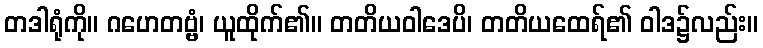
တဒါရုံကို။ ဂဟေတဗ္ဗံ၊ ယူထိုက်၏။ တတိယဝါဒေပိ၊ တတိယထေရ်၏ ဝါဒ၌လည်း။